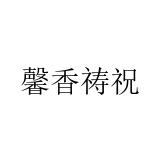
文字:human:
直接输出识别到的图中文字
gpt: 馨香祷祝